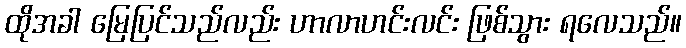
ထိုအခါ မြေပြင်သည်လည်း ဟာလာဟင်းလင်း ဖြစ်သွား ရလေသည်။